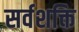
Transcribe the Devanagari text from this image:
सर्वशक्ति